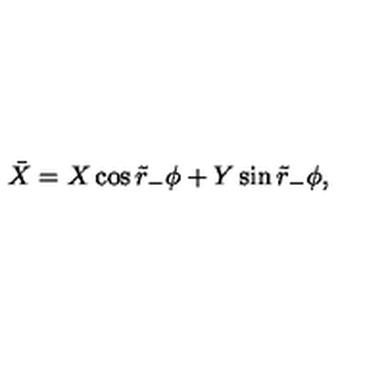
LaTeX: \bar { X } = X \cos \tilde { r } _ { - } \phi + Y \sin \tilde { r } _ { - } \phi ,